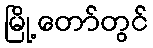
မြို့တော်တွင်